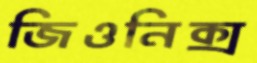
জিওনিক্স